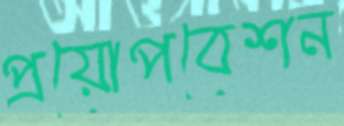
প্রয়োপবেশন